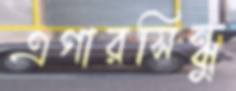
এগারসিন্ধু